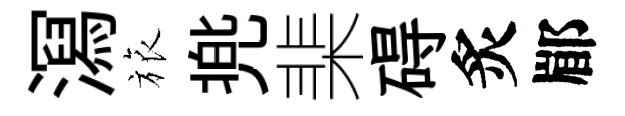
㵼旅兠棐碍炙郿